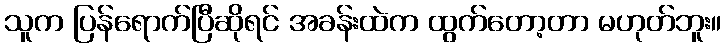
သူက ပြန်ရောက်ပြီဆိုရင် အခန်းထဲက ထွက်တော့တာ မဟုတ်ဘူး။